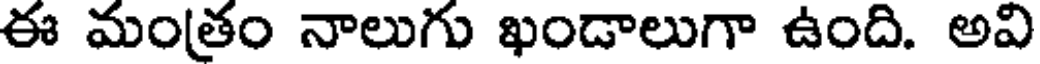
ఈ మంత్రం నాలుగు ఖండాలుగా ఉంది. అవి